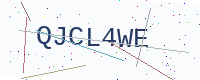
Text: QJCL4WE